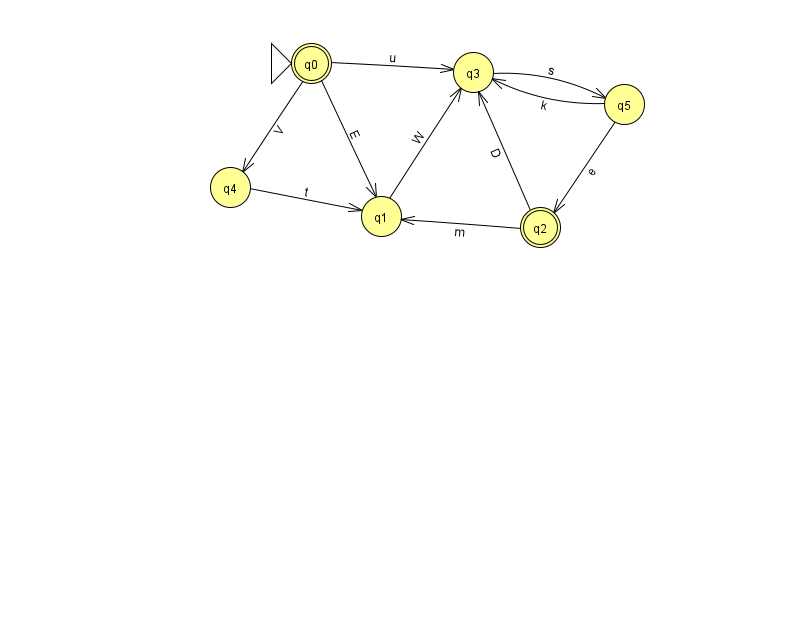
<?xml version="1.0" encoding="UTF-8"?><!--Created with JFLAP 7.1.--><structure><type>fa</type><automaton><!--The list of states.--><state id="0" name="q0"><x>311.0</x><y>50.0</y><initial/><final/></state><state id="1" name="q1"><x>381.0</x><y>203.0</y></state><state id="2" name="q2"><x>540.0</x><y>214.0</y><final/></state><state id="3" name="q3"><x>473.0</x><y>59.0</y></state><state id="4" name="q4"><x>230.0</x><y>174.0</y></state><state id="5" name="q5"><x>624.0</x><y>91.0</y></state><!--The list of transitions.--><transition><from>0</from><to>4</to><read>V</read></transition><transition><from>0</from><to>3</to><read>u</read></transition><transition><from>3</from><to>5</to><read>s</read></transition><transition><from>4</from><to>1</to><read>t</read></transition><transition><from>1</from><to>3</to><read>W</read></transition><transition><from>2</from><to>3</to><read>D</read></transition><transition><from>5</from><to>3</to><read>k</read></transition><transition><from>5</from><to>2</to><read>e</read></transition><transition><from>0</from><to>1</to><read>E</read></transition><transition><from>2</from><to>1</to><read>m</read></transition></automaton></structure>